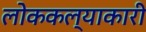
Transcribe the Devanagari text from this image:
लोककल्याकारी